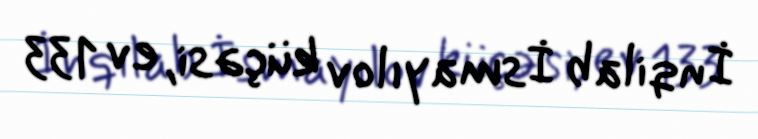
İnqilab İsmayılov küçəsi, ev 133